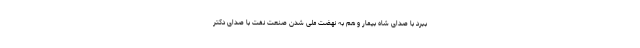
ببرد با صدای شاه بیمار و هم به نهضت ملی شدن صنعت نفت با صدای دکتر